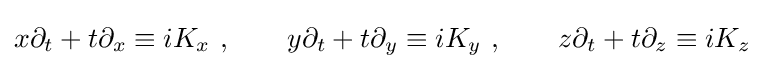
x\partial _{t}+t\partial _{x}\equiv iK_{x}~,\qquad y\partial _{t}+t\partial _{y}\equiv iK_{y}~,\qquad z\partial _{t}+t\partial _{z}\equiv iK_{z}